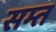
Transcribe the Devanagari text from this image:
सम्त